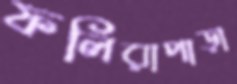
ফলিরাপাড়া